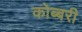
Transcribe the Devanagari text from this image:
कोब्बरी